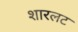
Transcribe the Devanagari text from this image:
शारलट